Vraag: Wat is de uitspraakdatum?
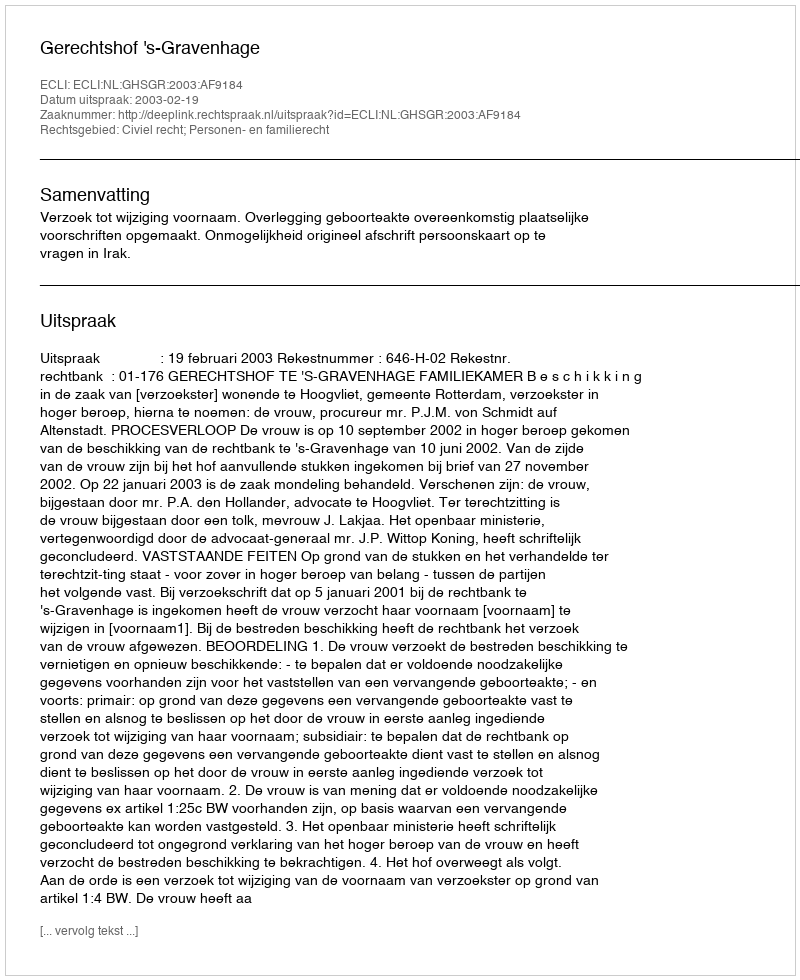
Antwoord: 2003-02-19